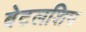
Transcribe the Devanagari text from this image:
बेटलशिप